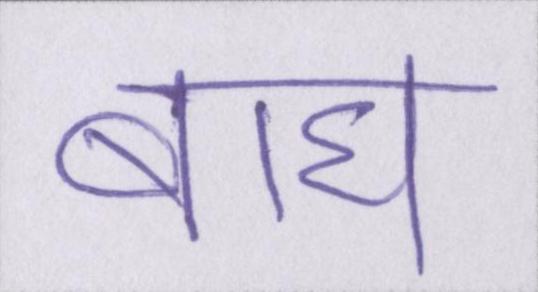
बाघ